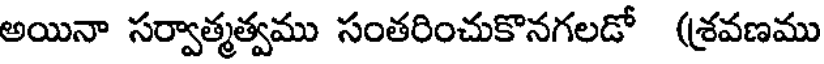
అయినా సర్వాత్మత్వము సంతరించుకొనగలడో (శ్రవణము